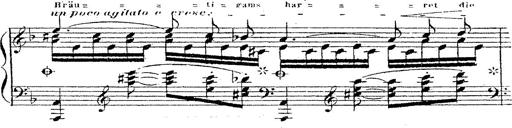
Title: 12 Lieder von Franz Schubert
Composer: Franz Liszt